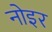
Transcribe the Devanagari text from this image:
नोइर